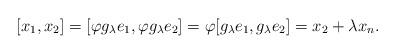
LaTeX: \begin{align*} [x_1, x_2] = [\varphi g_\lambda e_1 , \varphi g_\lambda e_2] = \varphi [g_\lambda e_1 , g_\lambda e_2] = x_2 + \lambda x_n . \end{align*}